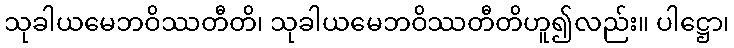
သုခါယမေဘဝိဿတီတိ၊ သုခါယမေဘဝိဿတီတိဟူ၍လည်း။ ပါဋ္ဌော၊